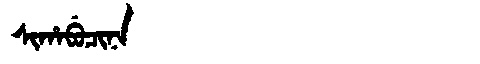
Manchu: ᠰᡳᡥᠠᠪᡠᠴᡳᠨᠠ
Romanization: SIHABUCINA